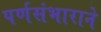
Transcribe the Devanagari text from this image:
पर्णसंभाराने